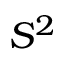
S ^ { 2 }